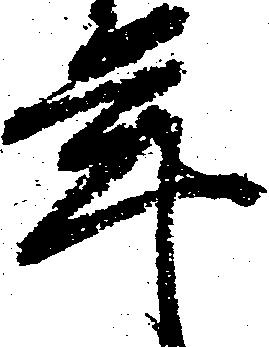
年